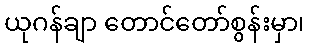
ယုဂန်ချာ တောင်တော်စွန်းမှာ၊